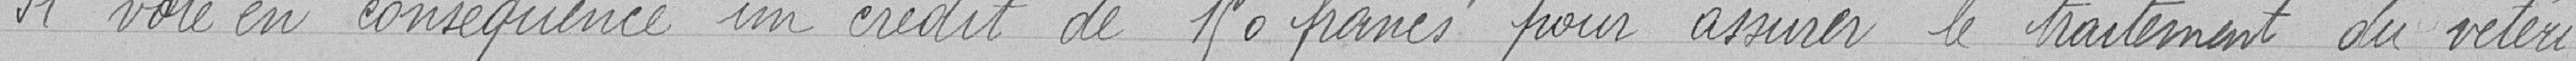
Il vote en conséquence un crédit de 150 francs pour assurer le traitement du vétéri-